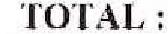
TOTAL :